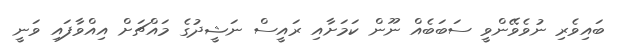
ބައިވެރި ނުވެވޭންވީ ސަބަބެއް ނޫން ކަމަށާއި ރައީސް ނަޝީދުގެ މައްޗަށް އިއްވާފައި ވަނީ